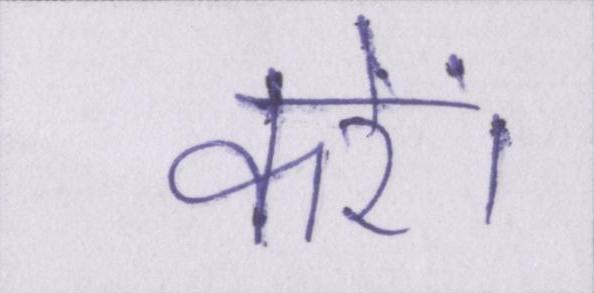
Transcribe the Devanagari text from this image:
करें।